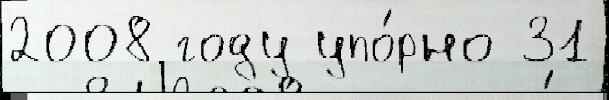
2008 году упо́рно 31